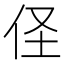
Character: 𮯻